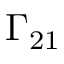
\Gamma _ { 2 1 }